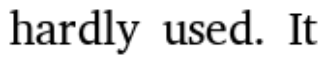
hardly used. It